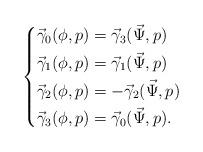
LaTeX: \begin{align*} \left\{\begin{alignedat}{1} \vec{\gamma}_0(\phi,p)&=\vec{\gamma}_3(\vec{\Psi},p)\\ \vec{\gamma}_1(\phi,p)&=\vec{\gamma}_1(\vec{\Psi},p)\\ \vec{\gamma}_2(\phi,p)&=-\vec{\gamma}_2(\vec{\Psi},p)\\ \vec{\gamma}_3(\phi,p)&=\vec{\gamma}_0(\vec{\Psi},p). \end{alignedat}\right. \end{align*}